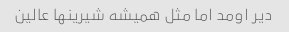
دیر اومد اما مثل همیشه شیرینها عالین